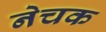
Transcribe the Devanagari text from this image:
नेचक